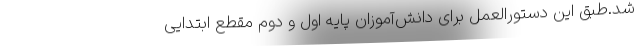
شد.طبق این دستورالعمل برای دانش‌آموزان پایه اول و دوم مقطع ابتدایی